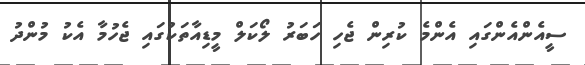
ސީއެންއެންގައި އެންމެ ކުރިން ޖެހި ހަބަރު ލޯކަލް މީޑިއާތަކުގައި ޖެހުމާ އެކު މުންދު